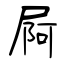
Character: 屙